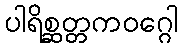
ပါရိစ္ဆတ္တကဝဂ္ဂေါ